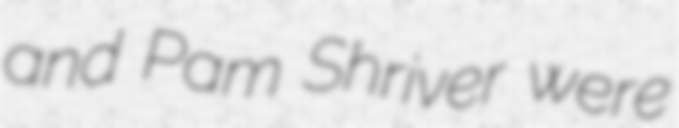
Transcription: and Pam Shriver were